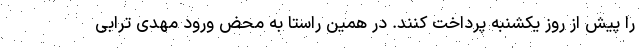
را پیش از روز یکشنبه پرداخت کنند. در همین راستا به محض ورود مهدی ترابی